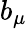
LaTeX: b_{\mu}